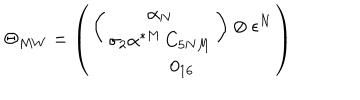
\Theta _ { M W } = \left( \begin{array} { c } { { \left( \begin{array} { c } { { \alpha _ { N } } } \\ { { \sigma _ { 2 } \alpha ^ { * M } \, C _ { 5 N M } } } \\ \end{array} \right) \otimes \epsilon ^ { N } } } \\ { { 0 _ { 1 6 } } } \\ \end{array} \right)